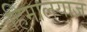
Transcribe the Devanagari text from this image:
हिमालयाज